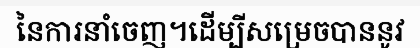
នៃការនាំចេញ។ដើម្បីសម្រេចបាននូវ